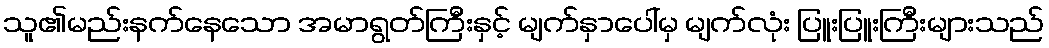
သူ၏မည်းနက်နေသော အမာရွတ်ကြီးနှင့် မျက်နှာပေါ်မှ မျက်လုံး ပြူးပြူးကြီးများသည်